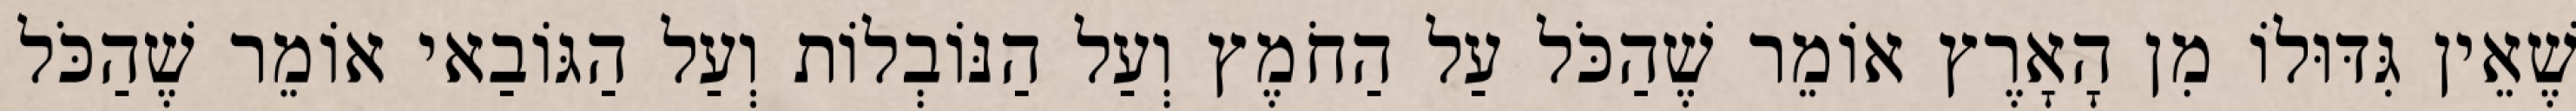
שֶׁאֵין גִּדּוּלוֹ מִן הָאָרֶץ אוֹמֵר שֶׁהַכֹּל עַל הַחֹמֶץ וְעַל הַנּוֹבְלוֹת וְעַל הַגּוֹבַאי אוֹמֵר שֶׁהַכֹּל